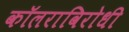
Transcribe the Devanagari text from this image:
कॉलराविरोधी